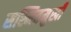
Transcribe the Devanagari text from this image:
सस्मितमुखी